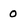
Character: 0